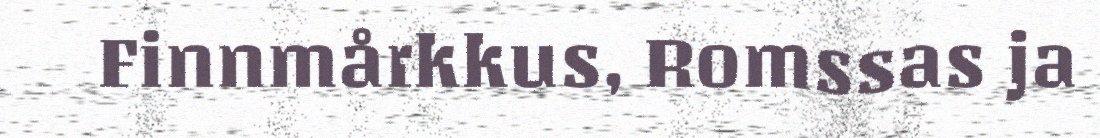
Finnmårkkus, Romssas ja